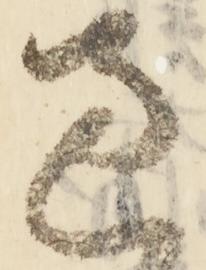
過